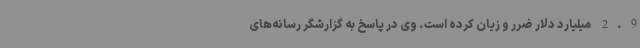
2.9 میلیارد دلار ضرر و زیان کرده است. وی در پاسخ به گزارشگر رسانه‌های